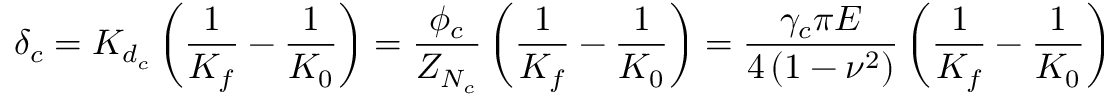
\delta _ { c } = K _ { d _ { c } } \left( \frac { 1 } { K _ { f } } - \frac { 1 } { K _ { 0 } } \right) = \frac { \phi _ { c } } { Z _ { N _ { c } } } \left( \frac { 1 } { K _ { f } } - \frac { 1 } { K _ { 0 } } \right) = \frac { \gamma _ { c } \pi E } { 4 \left( 1 - \nu ^ { 2 } \right) } \left( \frac { 1 } { K _ { f } } - \frac { 1 } { K _ { 0 } } \right)